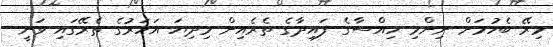
މިރޭ ބެހުމަށް ނިންމި ހިއްސާގެ ފައިދާގެ ތެރެއިން މިދިޔަ އަހަރުގެ ތެރޭގައި ވަނީ